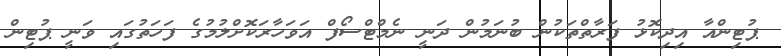
ޕުޓިންއާ އިދިކޮޅު ފަރާތްތަކުން ބުނަމުން ދަނީ ނެމްޓްސޯފް އަވަހާރަކޮށްލުމުގެ ފަހަތުގައި ވަނީ ޕުޓިން